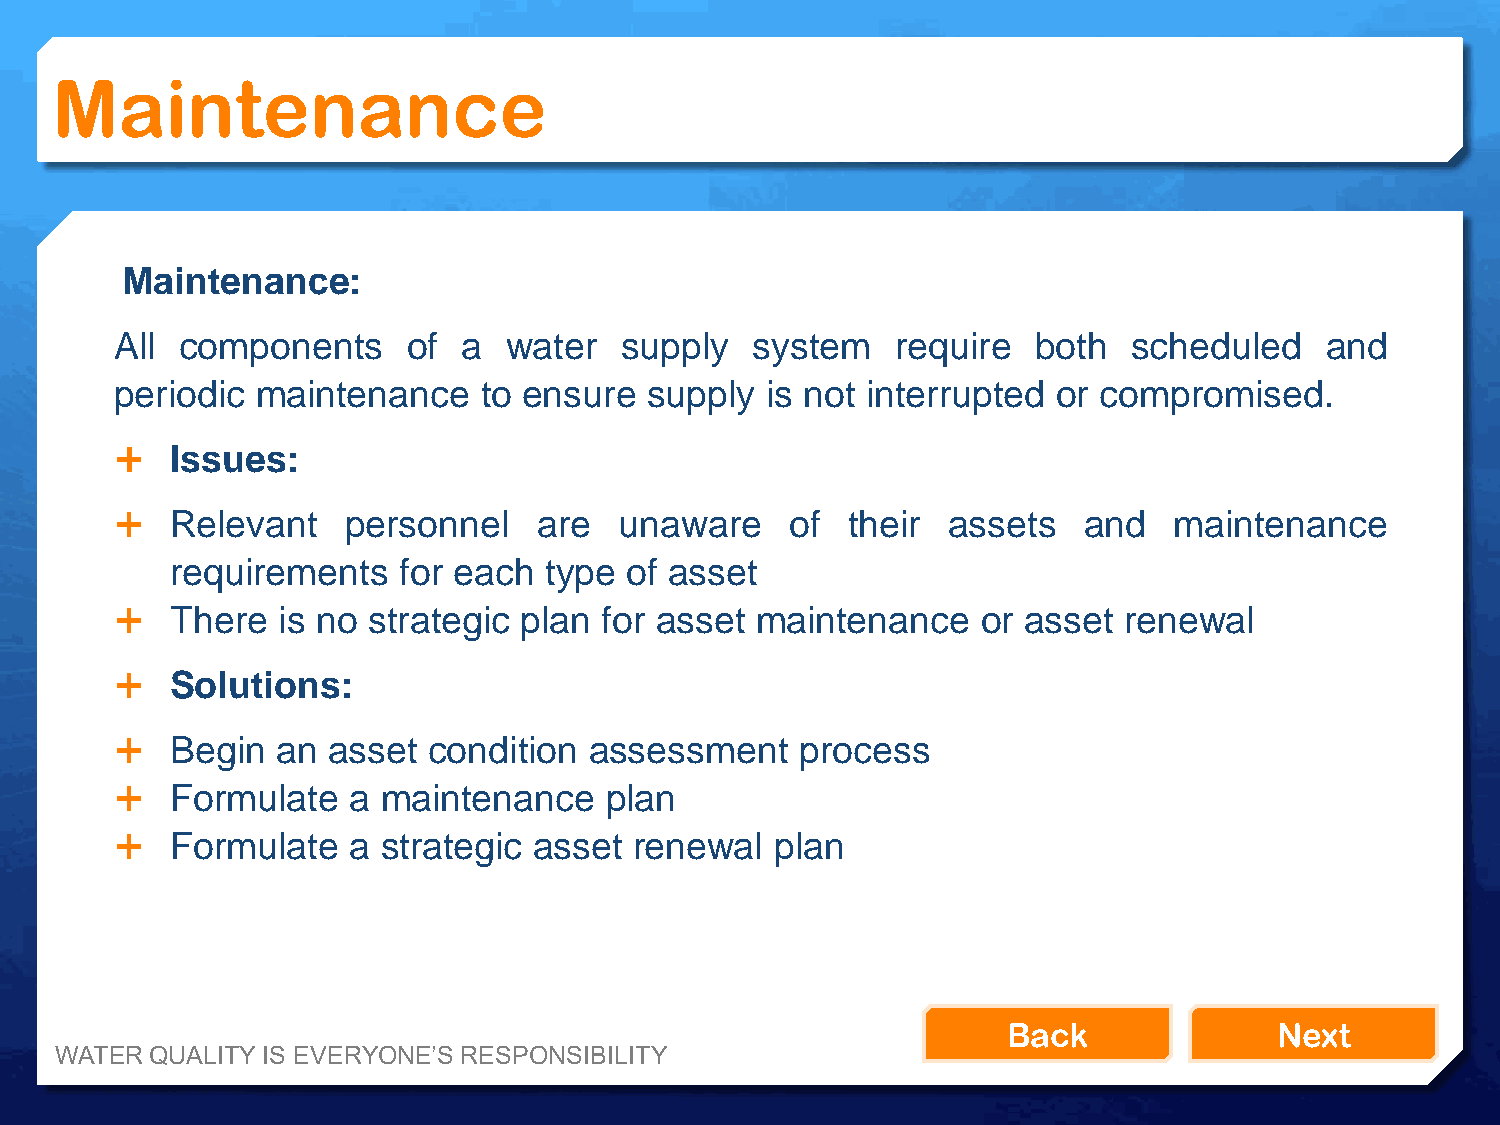
Maintenance
 Maintenance:
 All components     of  a water   supply   system   require   both  scheduled    and
 periodic maintenance    to ensure  supply  is not interrupted or compromised.
   Issues:
   Relevant    personnel    are  unaware    of  their  assets   and   maintenance
 requirements   for each  type of asset
   There  is no strategic plan  for asset maintenance    or asset renewal
   Solutions:
   Begin  an  asset condition  assessment    process
   Formulate   a maintenance    plan
   Formulate   a strategic asset  renewal  plan
 Back              Next
 WATER QUALITY IS EVERYONE’S RESPONSIBILITY